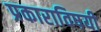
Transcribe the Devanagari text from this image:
प्रकाराविषयी